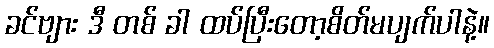
ခင်ဗျား ဒီ တစ် ခါ ထပ်ပြီးတော့စိတ်မပျက်ပါနဲ့။